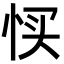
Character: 𢙑